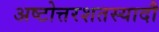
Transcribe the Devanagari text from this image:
अष्टोत्तरशतस्यादौ